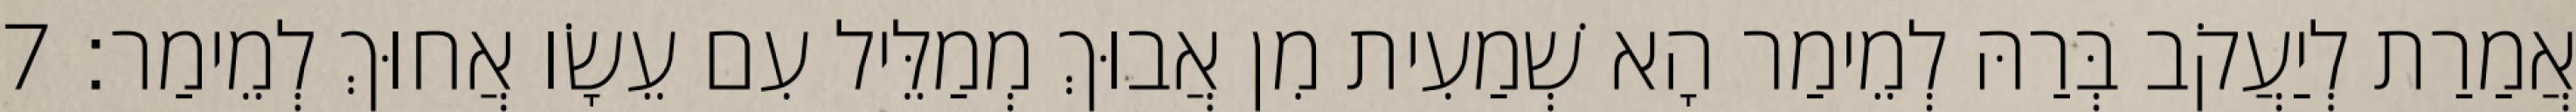
אֲמַרַת לְיַעֲקֹב בְּרַהּ לְמֵימַר הָא שְׁמַעִית מִן אֲבוּךְ מְמַלֵּיל עִם עֵשָׂו אֲחוּךְ לְמֵימַר׃ 7